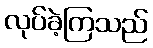
လုပ်ခဲ့ကြသည်